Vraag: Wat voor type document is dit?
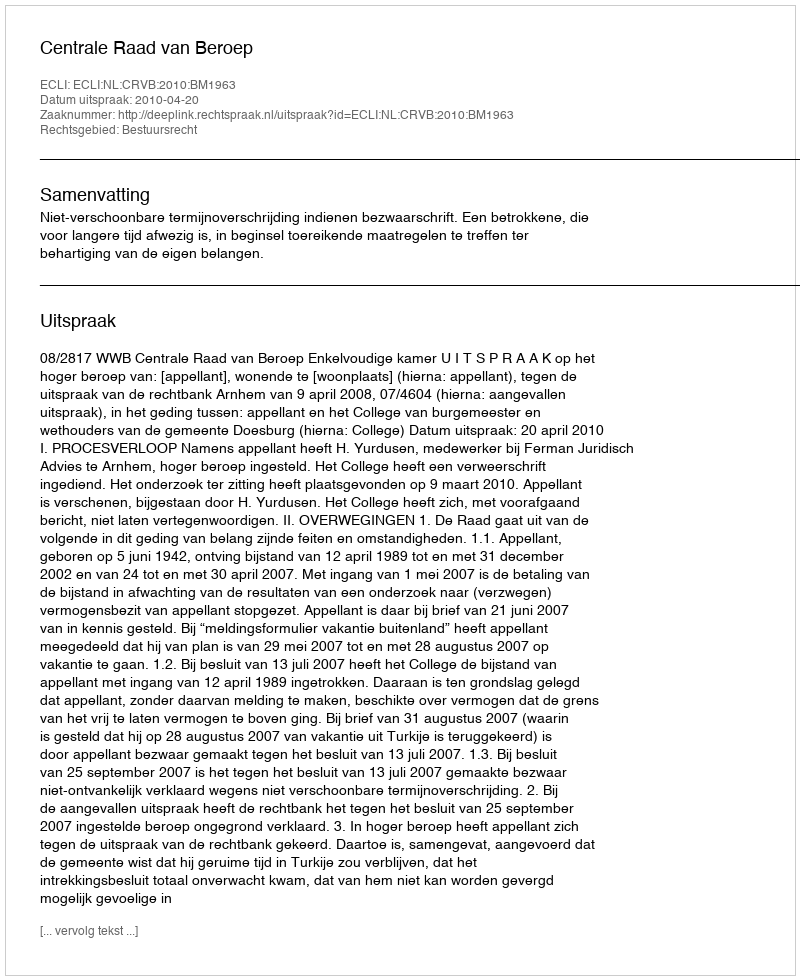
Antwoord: Uitspraak